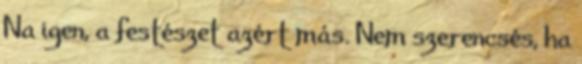
Na igen, a festészet azért más. Nem szerencsés, ha